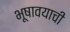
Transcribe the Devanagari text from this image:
भूषावयाची